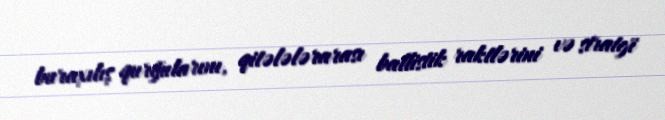
buraxılış qurğularını, qitələlərarası ballistik raktlərini və strateji